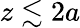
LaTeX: z\lesssim 2a